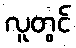
လူတွင်